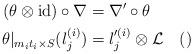
LaTeX: \begin{align*} (\theta\otimes\mathrm{id})\circ\nabla &= \nabla'\circ\theta \\ \theta|_{m_it_i\times S}(l^{(i)}_j) &= l'^{(i)}_j\otimes {\mathcal L} \quad()\end{align*}